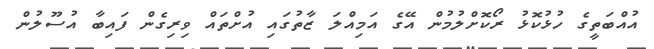
އުއްބަތީގެ ހުޅުކޮޅު ރޯކޮށްލުމުން އޭގެ އަމިއްލަ ޒާތުގައި އުށްތައް ވިރިގެން ފައިބާ އުސޫލުން